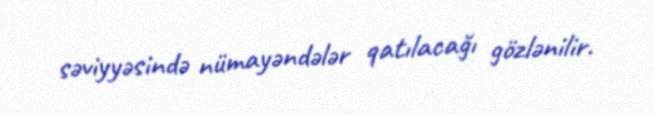
səviyyəsində nümayəndələr qatılacağı gözlənilir.